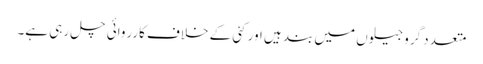
متعدد گرو جیلوں میں بند ہیں اور کئی کے خلاف کارروائی چل رہی ہے۔